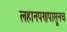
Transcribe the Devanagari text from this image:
लहानपणपासूनच